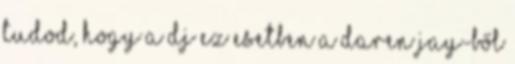
tudod, hogy a DJ ez esetben a Daren Jay-ből